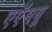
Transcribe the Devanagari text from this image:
एएॅमयू